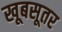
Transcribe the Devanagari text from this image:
खूबसूतर